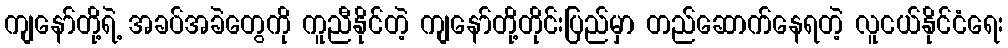
ကျနော်တို့ရဲ့ အခပ်အခဲတွေကို ကူညီနိုင်တဲ့ ကျနော်တို့တိုင်းပြည်မှာ တည်ဆောက်နေရတဲ့ လူငယ်နိုင်ငံရေး